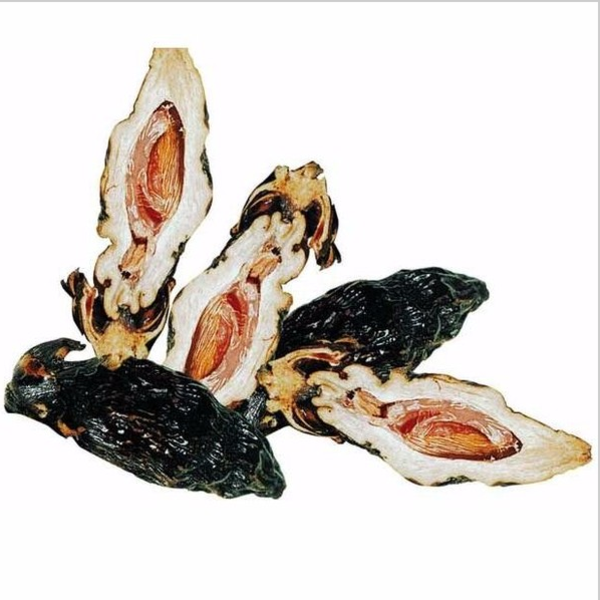
槟榔无柯，椰叶无阴。